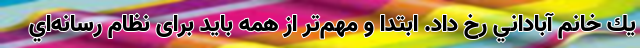
يك خانم آباداني رخ داد. ابتدا و مهم‌تر از همه بايد برای نظام رسانه‌اي